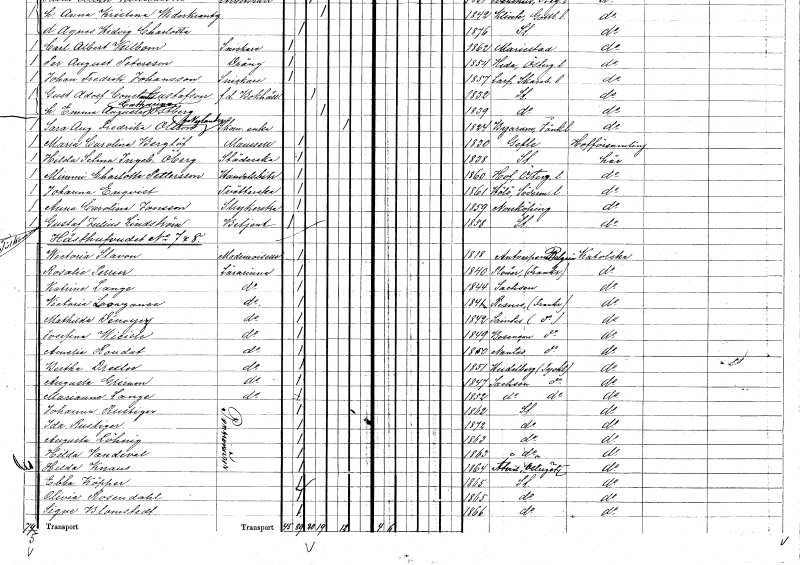
gt_parse: households: individuals: FN: Johanna
EN: Enqvist
YRKE: Tvätterska
KON: K
CIV: O
FODAR: 1861
FODFORS: Hölö Stockholms län
FN: Anna Carolina
EN: Jonsson
YRKE: Strykerska
KON: K
CIV: O
FODAR: 1859
FODFORS: Norrköping Östergötlands län
FN: Gustaf Julius
EN: Lindström
YRKE: Betjänt
KON: M
CIV: O
FODAR: 1858
FODFORS: Stockholm
FN: Wictoria
EN: Slavon
KON: K
CIV: O
FODAR: 1818
FN: Rosalie
EN: Perrier
YRKE: Lärarinna
KON: K
CIV: O
FODAR: 1840
FN: Katrine
EN: Lange
YRKE: Lärarinna
KON: K
CIV: O
FODAR: 1844
FN: Victoria
EN: Laoarganee??
YRKE: Lärarinna
KON: K
CIV: O
FODAR: 1841
FN: Mathilda
EN: Dénoyez
YRKE: Lärarinna
KON: K
CIV: O
FODAR: 1842
FN: Josefina
EN: Wicille
YRKE: Lärarinna
KON: K
CIV: O
FODAR: 1849
FN: Amelie
EN: Roudat
YRKE: Lärarinna
KON: K
CIV: O
FODAR: 1850
FN: Bertha
EN: Drexler
YRKE: Lärarinna
KON: K
CIV: O
FODAR: 1851
FN: Augusta
EN: Grirum
YRKE: Lärarinna
KON: K
CIV: O
FODAR: 1847
FN: Marianne
EN: Lange
YRKE: Lärarinna
KON: K
CIV: O
FODAR: 1852
FN: Johanna
EN: Rustiger
YRKE: Pensionär
KON: K
CIV: O
FODAR: 1862
FODFORS: Stockholm
FN: Ida
EN: Rustiger
YRKE: Pensionär
KON: K
CIV: O
FODAR: 1872
FODFORS: Stockholm
FN: Augusta
EN: Löhnig
YRKE: Pensionär
KON: K
CIV: O
FODAR: 1863
FODFORS: Stockholm
FN: Hilda
EN: Vandeval
YRKE: Pensionär
KON: K
CIV: O
FODAR: 1863
FODFORS: Stockholm
FN: Hilda
EN: Knaus
YRKE: Pensionär
KON: K
CIV: O
FODAR: 1864
FODFORS: Åtvid Östergötlands län
FN: Ebba
EN: Köpper
YRKE: Pensionär
KON: K
CIV: O
FODAR: 1865
FODFORS: Stockholm
FN: Olivia
EN: Rosendahl
YRKE: Pensionär
KON: K
CIV: O
FODAR: 1865
FODFORS: Stockholm
FN: Signe
EN: Blomstedt
YRKE: Pensionär
KON: K
CIV: O
FODAR: 1866
FODFORS: Stockholm